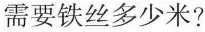
需要铁丝多少米?